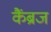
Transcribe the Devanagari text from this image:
कैंब्रज